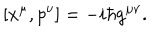
LaTeX: [ x ^ { \mu } , p ^ { \nu } ] = - i \hbar g ^ { \mu \nu } .